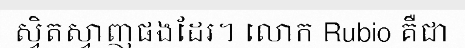
ស្វិតស្វាញផងដែរ។ លោក Rubio គឺជា